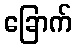
ခြောက်